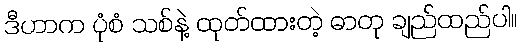
ဒီဟာက ပုံစံ သစ်နဲ့ ထုတ်ထားတဲ့ ဓာတု ချည်ထည်ပါ။